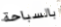
بالسباحة